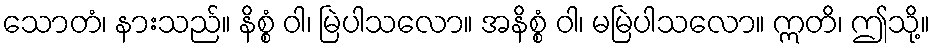
သောတံ၊ နားသည်။ နိစ္စံ ဝါ၊ မြဲပါသလော။ အနိစ္စံ ဝါ၊ မမြဲပါသလော။ ဣတိ၊ ဤသို့။